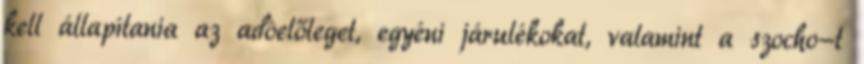
kell állapítania az adóelőleget, egyéni járulékokat, valamint a szocho-t